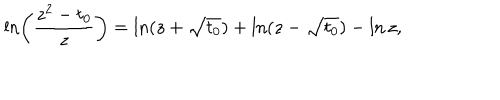
\ln \left( \frac { z ^ { 2 } - t _ { 0 } } { z } \right) = \ln ( z + \sqrt { t _ { 0 } } ) + \ln ( z - \sqrt { t _ { 0 } } ) - \ln z ,